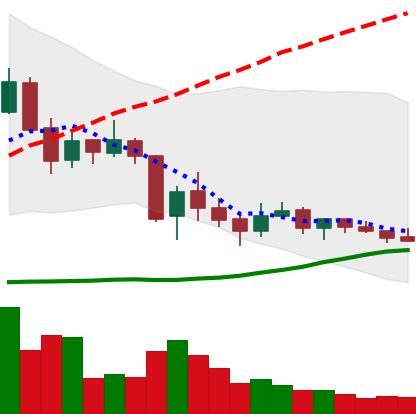
Ticker: TRX-USD
Chart end date: 2018-06-09
Forward return: -20.54%
Label: down_7plus